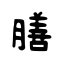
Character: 膳